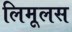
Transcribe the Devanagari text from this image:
लिमूलस